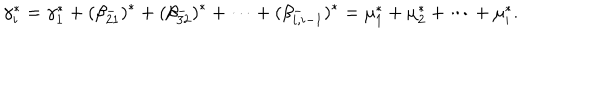
LaTeX: \gamma _ { i } ^ { * } = \gamma _ { 1 } ^ { * } + ( \beta _ { 2 1 } ^ { - } ) ^ { * } + ( \beta _ { 3 2 } ^ { - } ) ^ { * } + \cdots + ( \beta _ { i , i - 1 } ^ { - } ) ^ { * } = \mu _ { 1 } ^ { * } + \mu _ { 2 } ^ { * } + \cdots + \mu _ { i } ^ { * } .